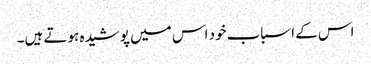
اس کے اسباب خود اس میں پوشیدہ ہوتے ہیں۔